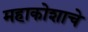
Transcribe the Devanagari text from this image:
महाकोशाचे